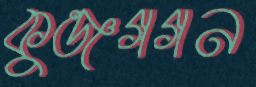
কুঞ্জগগন